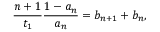
\frac { n + 1 } { t _ { 1 } } \frac { 1 - a _ { n } } { a _ { n } } = b _ { n + 1 } + b _ { n } ,